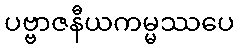
ပဗ္ဗာဇနီယကမ္မဿပေ